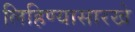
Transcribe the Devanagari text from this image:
लिहिण्यासारखे